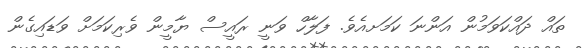
ތައް ދައްކަވަމުން އަންނަ ކަމަށއެވެ. ފަލާހް ވަނީ ރައީސް ޔާމީން ވެރިކަމަށް ވަޑައިގެން